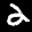
Label: 2